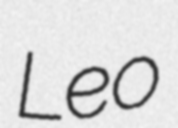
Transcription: Leo